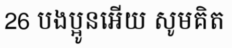
26 បងប្អូនអើយ សូមគិត